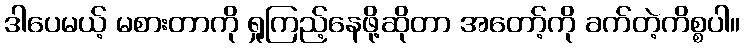
ဒါပေမယ့် မစားတာကို ရှုကြည့်နေဖို့ဆိုတာ အတော့်ကို ခက်တဲ့ကိစ္စပါ။